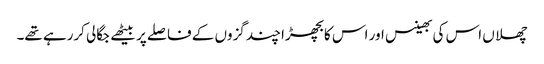
چھلاں اس کی بھینس اور اس کا بچھڑا چند گزوں کے فاصلے پر بیٹھے جگالی کررہے تھے۔